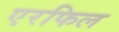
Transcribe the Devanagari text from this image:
एरफिल